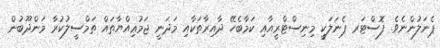
ޕެނަލުންނެވެ. ފޮސްޓަރ ޕެނަލަކީ މިނިސްޓްރީއާއި ކަމާބެހޭ ދާއިރާތަކާއި މަދަނީ ޖަމުޢިއްޔާތައް ތަމްސީލުކުރާ މަންދޫބުން